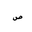
Letter: _sad